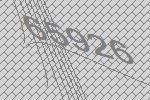
65926